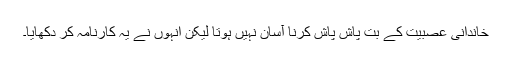
خاندانی عصبیت کے بت پاش پاش کرنا آسان نہیں ہوتا لیکن انہوں نے یہ کارنامہ کر دکھایا۔